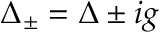
\Delta _ { \pm } = \Delta \pm i g